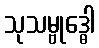
သုသမ္ဗုဒ္ဓေါ